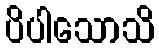
ပိပါသောသိ